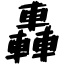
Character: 轟